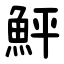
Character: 鮃